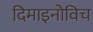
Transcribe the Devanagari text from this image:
दिमाइनोविच